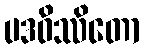
ပဒဝိဿိတော